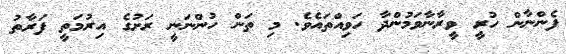
ފެންނާން ހުރީ ވީރާނާވަމުންދާ ހަވިއްތައެވެ. މި ތަން ހުންނަނީ ރަށުގެ އިރުމަތީ ފަރާތު